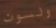
ولسون